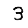
Digit: 3